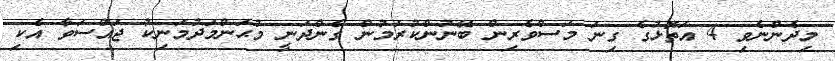
މިދެންނެވި 4 އަތޮޅުގެ ގިނަ މަސްވެރިން ބޭނުންކުރަމުން ގެންދަނީ މުޙަންމަދުމަނިކު ޖައްސަވާ އެކި